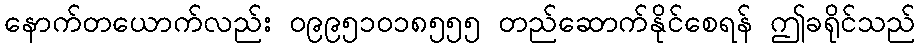
နောက်တယောက်လည်း ၀၉၉၅၁၀၁၈၅၅၅ တည်ဆောက်နိုင်စေရန် ဤခရိုင်သည်